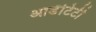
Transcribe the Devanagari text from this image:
आडेंटिटी